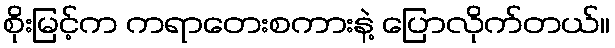
စိုးမြင့်က ကရာတေးစကားနဲ့ ပြောလိုက်တယ်။